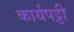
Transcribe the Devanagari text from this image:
कार्यपट्टी